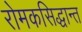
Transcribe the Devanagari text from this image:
रोमकसिद्धान्त